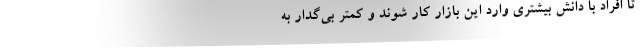
تا افراد با دانش بیشتری وارد این بازار کار شوند و کمتر بی‌گدار به